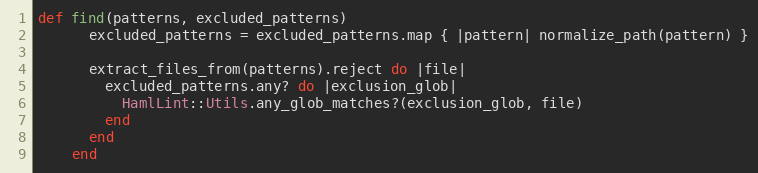
Language: Ruby
def find(patterns, excluded_patterns)
      excluded_patterns = excluded_patterns.map { |pattern| normalize_path(pattern) }

      extract_files_from(patterns).reject do |file|
        excluded_patterns.any? do |exclusion_glob|
          HamlLint::Utils.any_glob_matches?(exclusion_glob, file)
        end
      end
    end